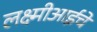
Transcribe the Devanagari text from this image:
लक्ष्मीआईचे